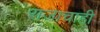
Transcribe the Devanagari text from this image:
राजाचाही